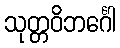
သုတ္တဝိဘင်္ဂေါ